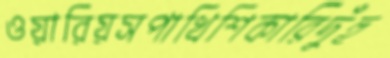
ওয়ারিয়সপাখিশিকারিদুঁহু